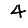
Digit: 4